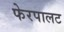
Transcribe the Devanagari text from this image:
फेरपालट